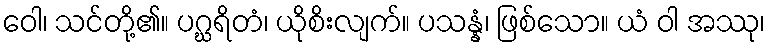
ဝေါ၊ သင်တို့၏။ ပဂ္ဃရိတံ၊ ယိုစိးလျက်။ ပသန္နံ၊ ဖြစ်သော။ ယံ ဝါ အဿု၊